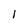
Character: I